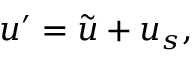
u ^ { \prime } = \tilde { u } + u _ { s } ,